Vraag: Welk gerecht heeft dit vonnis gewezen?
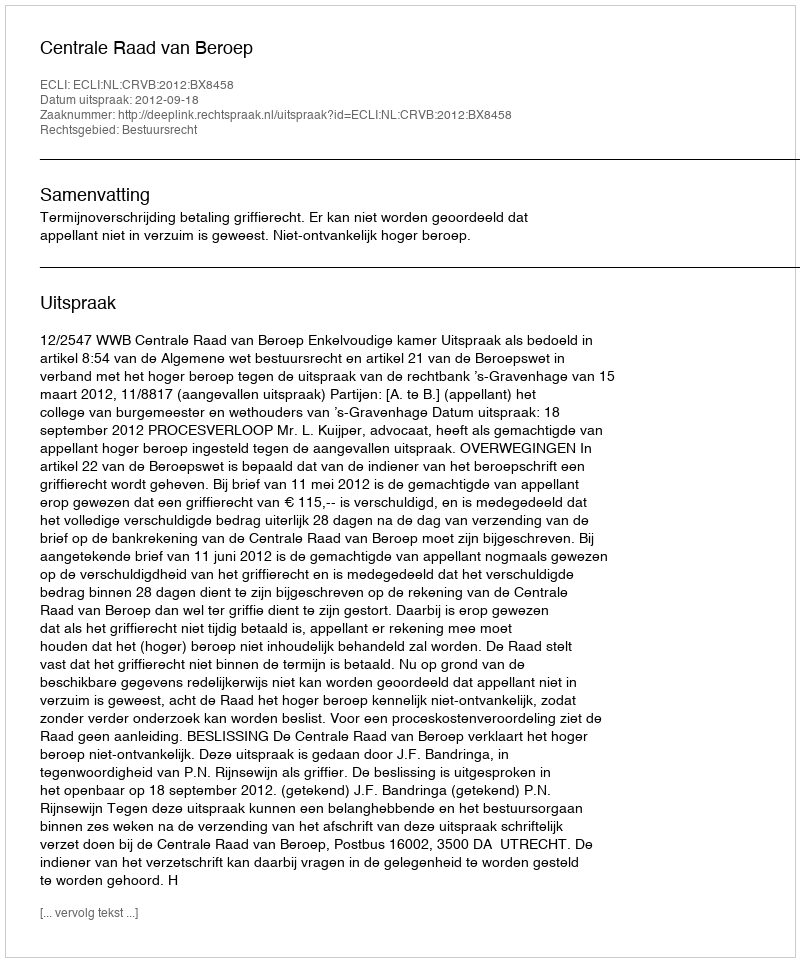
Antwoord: Centrale Raad van Beroep